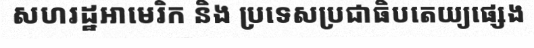
សហរដ្ឋអាមេរិក និង ប្រទេសប្រជាធិបតេយ្យផ្សេង